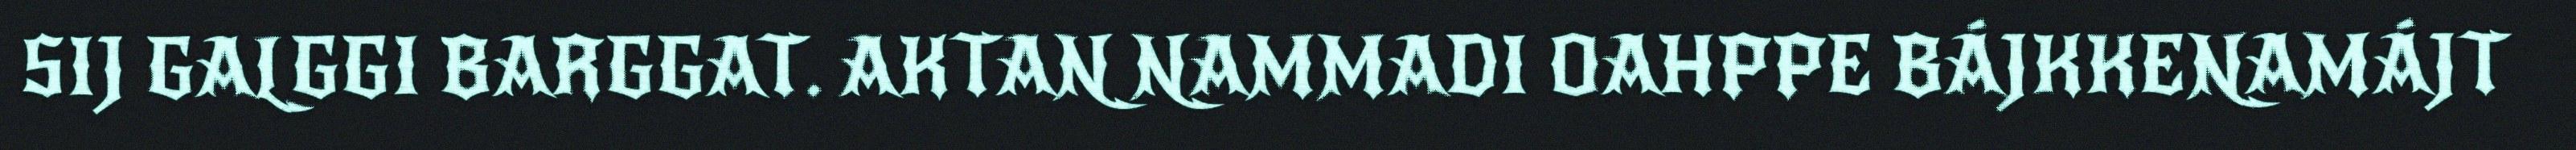
SIJ GALGGI BARGGAT. AKTAN NAMMADI OAHPPE BÁJKKENAMÁJT